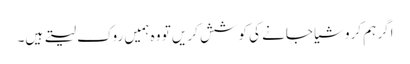
اگر ہم کروشیا جانے کی کوشش کریں تو وہ ہمیں روک لیتے ہیں۔